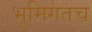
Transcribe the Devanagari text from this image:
भूमिगतच